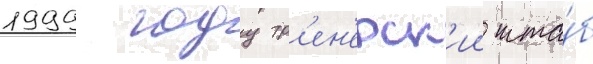
1999 году тр'ен'ерск'ии шта́б